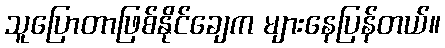
သူပြောတာဖြစ်နိုင်ချေက များနေပြန်တယ်။